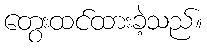
တွေးထင်ထားခဲ့သည်။